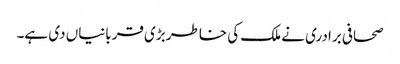
صحافی برادری نے ملک کی خاطر بڑی قربانیاں دی ہے۔